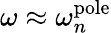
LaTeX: \omega\approx\omega_{n}^{\mathrm{pole}}